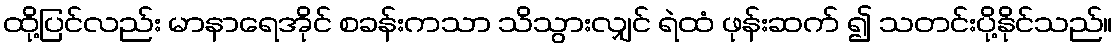
ထို့ပြင်လည်း မာနာရေအိုင် စခန်းကသာ သိသွားလျှင် ရဲထံ ဖုန်းဆက် ၍ သတင်းပို့နိုင်သည်။